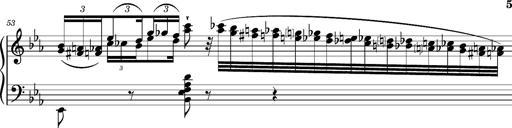
Title: Magyar rapszÃ³diÃ¡k
Composer: Franz Liszt